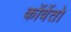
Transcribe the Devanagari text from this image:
कोंवेंतो